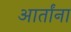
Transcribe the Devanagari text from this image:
आर्तांना